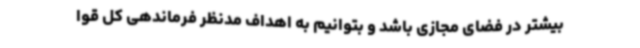
بیشتر در فضای مجازی باشد و بتوانیم به اهداف مدنظر فرماندهی کل قوا